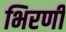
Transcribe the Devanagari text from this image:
भिरणी